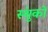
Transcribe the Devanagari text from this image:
स्थुंको